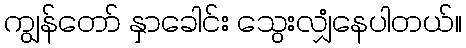
ကျွန်တော် နှာခေါင်း သွေးလျှံနေပါတယ်။